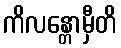
ကိလန္တောမှီတိ